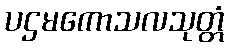
ပဌမကောသလသုတ္တံ